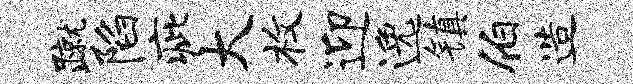
蹴陷疵大枚迎逸镇伯造